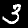
Label: 3